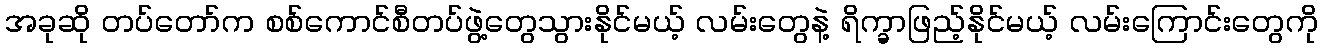
အခုဆို တပ်တော်က စစ်ကောင်စီတပ်ဖွဲ့တွေသွားနိုင်မယ့် လမ်းတွေနဲ့ ရိက္ခာဖြည့်နိုင်မယ့် လမ်းကြောင်းတွေကို